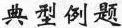
典型例题